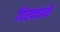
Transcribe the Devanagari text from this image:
दिखवाने